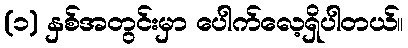
(၁) နှစ်အတွင်းမှာ ပေါက်လေ့ရှိပါတယ်။